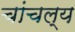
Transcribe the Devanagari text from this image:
चांचल्य